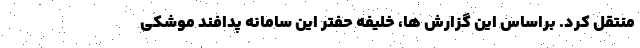
منتقل کرد. براساس این گزارش ها، خلیفه حفتر این سامانه پدافند موشکی